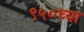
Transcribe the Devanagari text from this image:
९५०च्या